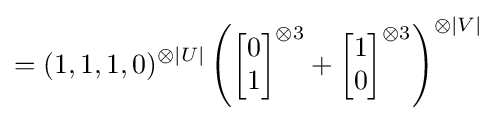
=(1,1,1,0)^{\otimes |U|}\left({\begin{bmatrix}0\\1\end{bmatrix}}^{\otimes 3}+{\begin{bmatrix}1\\0\end{bmatrix}}^{\otimes 3}\right)^{\otimes |V|}